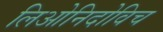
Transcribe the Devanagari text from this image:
लिओनिदोविच